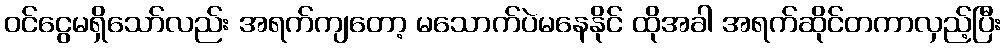
ဝင်ငွေမရှိသော်လည်း အရက်ကျတော့ မသောက်ပဲမနေနိုင် ထိုအခါ အရက်ဆိုင်တကာလှည့်ပြီး